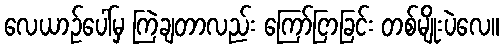
လေယာဉ်ပေါ်မှ ကြဲချတာလည်း ကြော်ငြာခြင်း တစ်မျိုးပဲလေ။